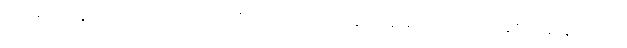
မအေးခင်ရဲ့ လက်ရာဟာ အင်္ဂလိပ်စာရေးဆရာမ ဂျိန်းအော်စတင်လိုပဲ အချစ်ရဲ့ ဆန်းပြားတဲ့